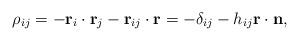
LaTeX: \begin{align*}\rho_{ij}=-{\bf r}_i\cdot {\bf r}_j-{\bf r}_{ij}\cdot{\bf r}=-\delta_{ij}-h_{ij}{\bf r\cdot n},\end{align*}